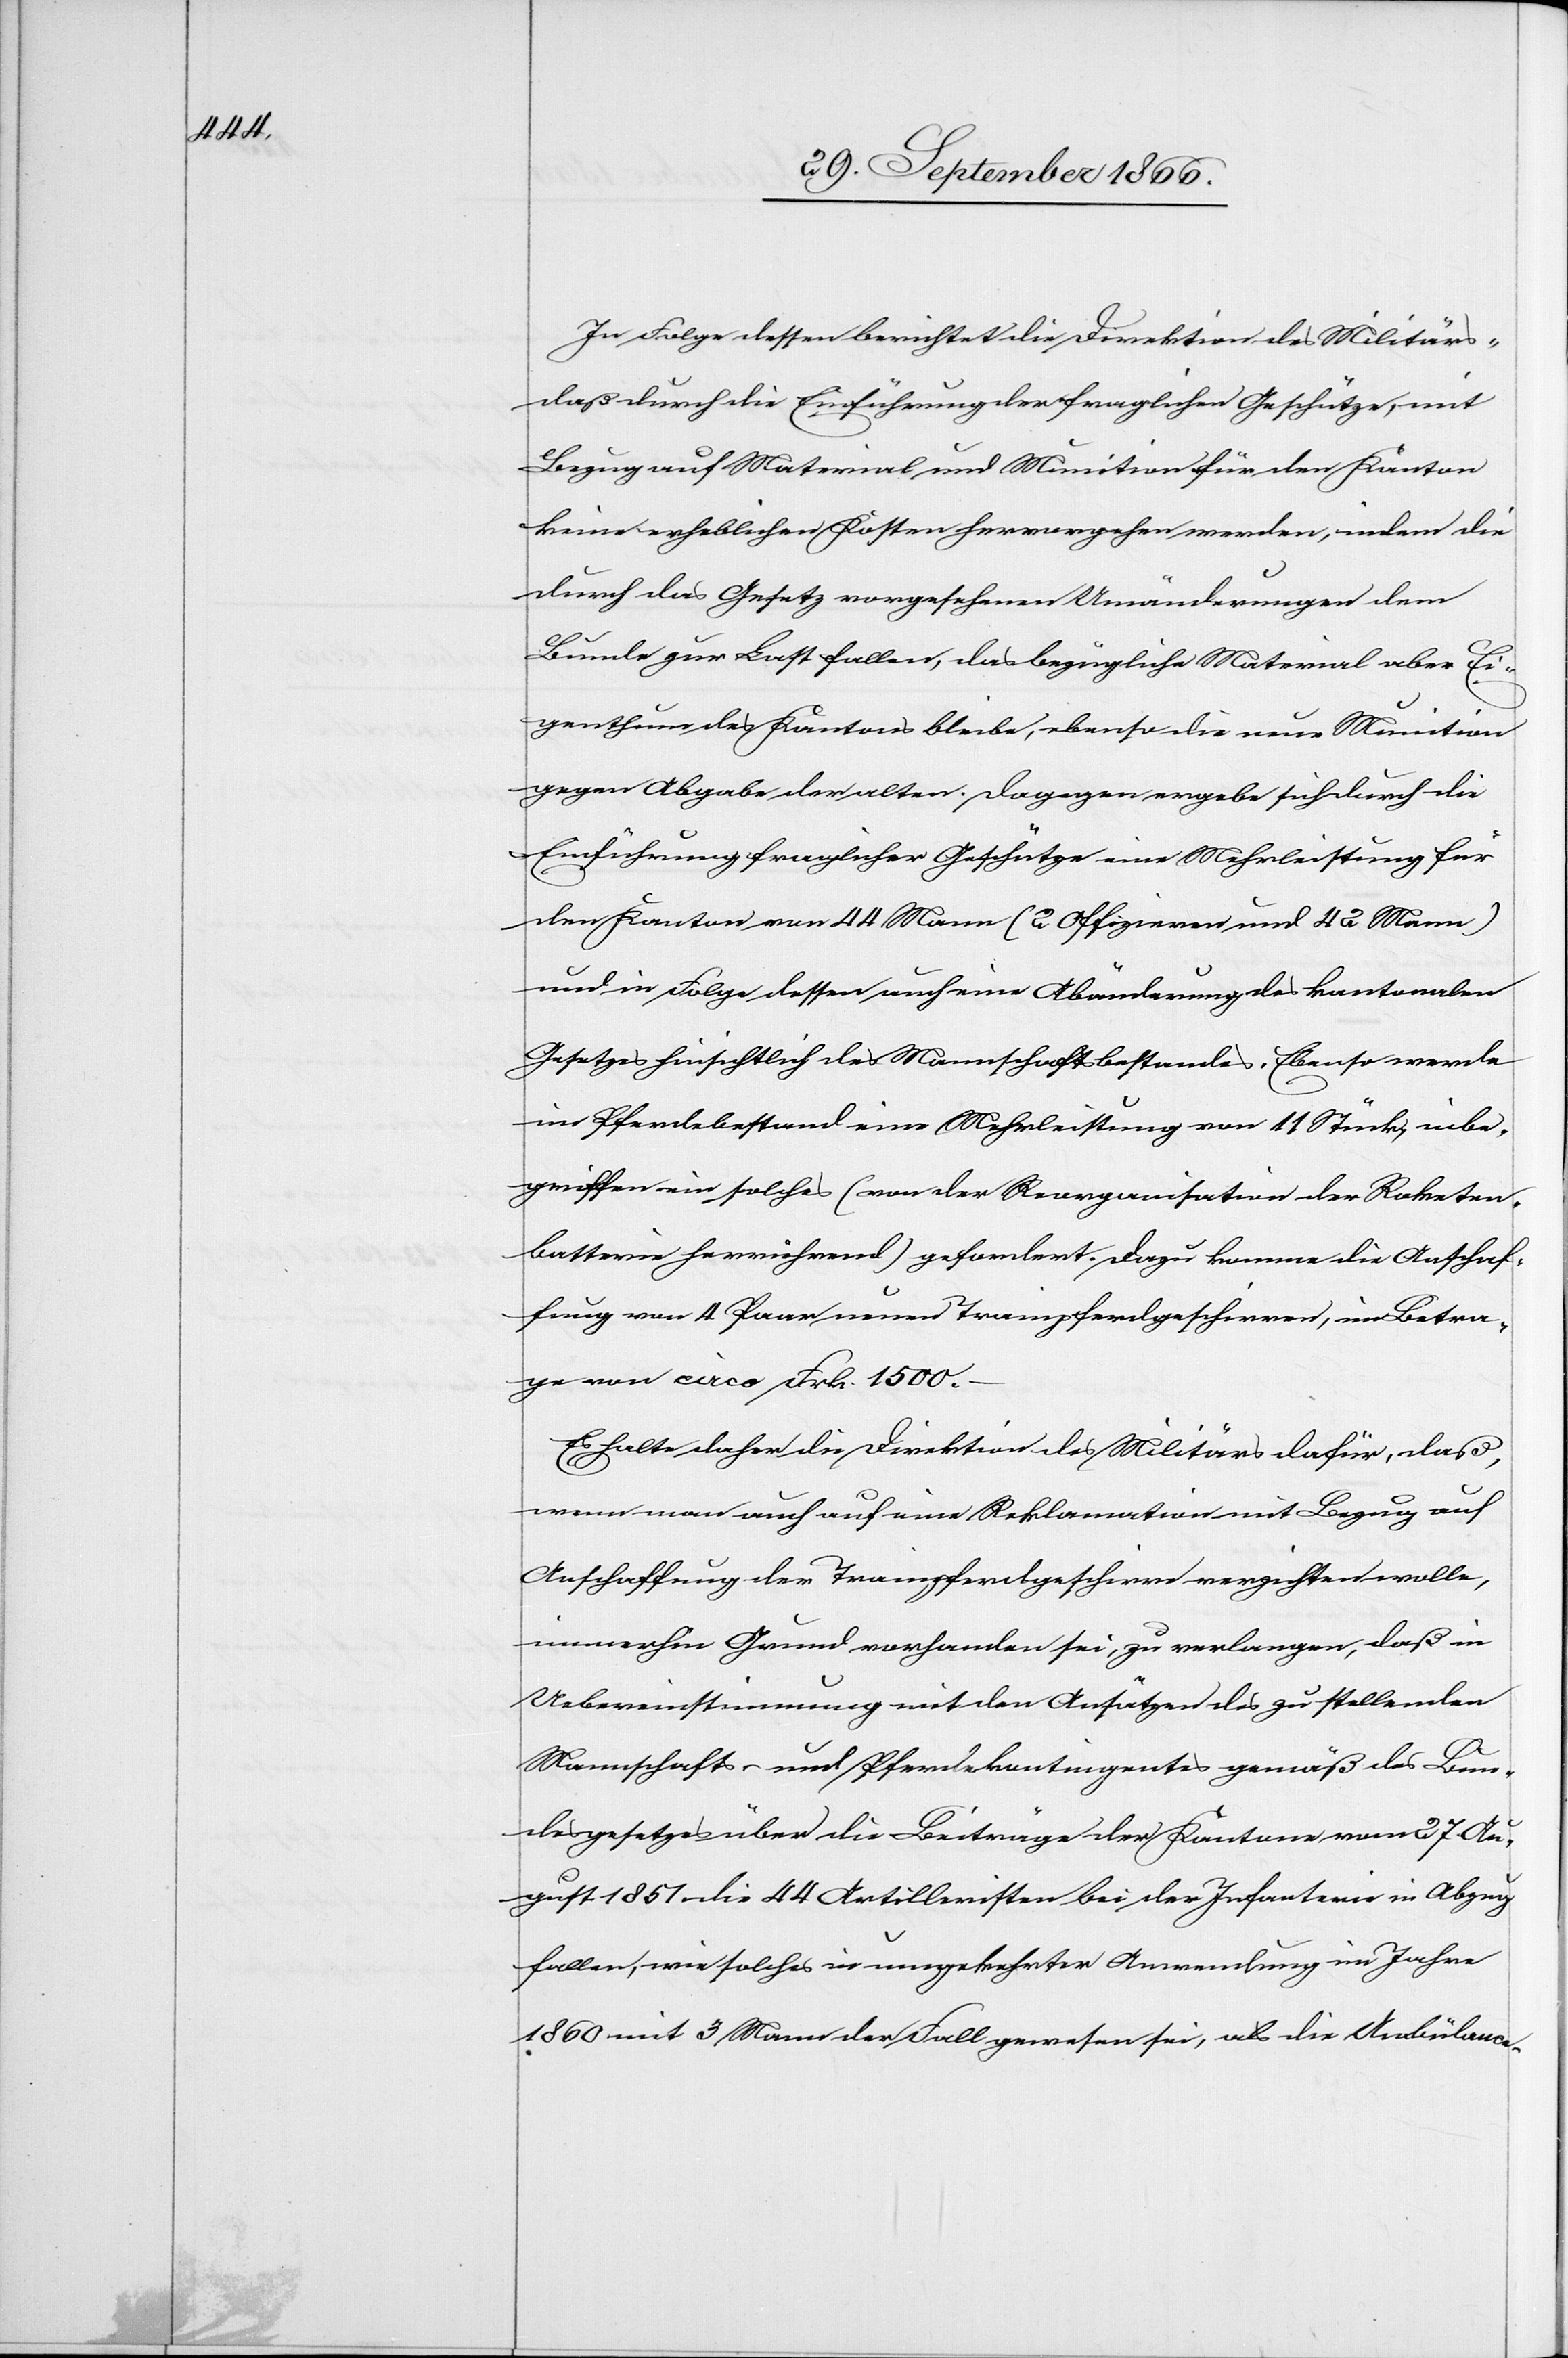
In Folge dessen berichtet die Direktion des Militärs:
daß durch die Einführung der fraglichen Geschütze, mit
Bezug auf Material und Munition für den Kanton
keine erheblichen Kosten hervorgehen werden, indem die
durch das Gesetz vorgesehenen Umänderungen dem
Bunde zur Last fallen, das bezügliche Material aber Ei¬
genthum des Kantons bleibe, ebenso die neue Munition
gegen Abgabe der alten. Dagegen ergebe sich durch die
Einführung fraglicher Geschütze eine Mehrleistung für
den Kanton von 44 Mann (2 Offizieren und 42 Mann)
und in Folge dessen auch eine Abänderung des kantonalen
Gesetzes hinsichtlich des Mannschaftsbestandes. Ebenso werde
im Pferdebestand eine Mehrleistung von 11 Stück, inbe¬
griffen ein solches (von der Reorganisation der Raketen¬
batterien herrührend) gefordert. Dazu komme die Anschaf¬
fung von 4 Paar neuen Trainpferdgeschirren, ein Betra¬
g von circa Frk. 1500.–.
Es hält daher die Direktion des Militärs dafür, daß,
wenn man auch auf eine Reklamation mit Bezug auf
Anschaffung der Trainpferdgeschirre verzichten wolle,
immerhin Grund vorhanden sei, zu verlangen, daß in
Uebereinstimmung mit den Ansätzen des zu stellenden
Mannschafts- und Pferdekontingentes gemäß des Bun¬
desgesetzes über die Beiträge der Kantone vom 27. Au¬
gust 1851. die 44 Artilleristen bei der Infanterie in Abzug
fallen, wie solches in umgekehrter Anwendung im Jahre
1860 mit 3 Mann der Fall gewesen sei, als die Ambülance-